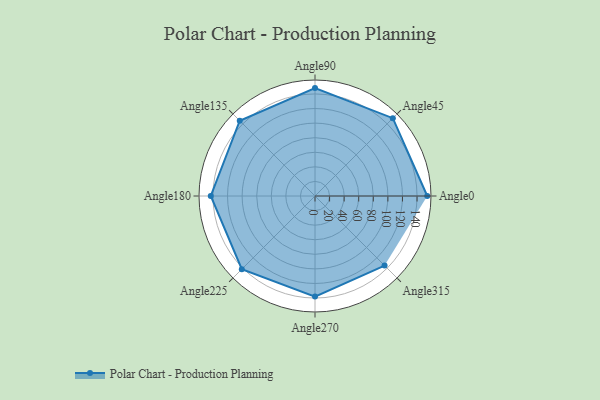
{"axis": {"x": "Angle", "y": "Radius"}, "legend": [""], "data": [{"x": "Angle0", "y": 154.0, "type": ""}, {"x": "Angle45", "y": 151.0, "type": ""}, {"x": "Angle90", "y": 148.0, "type": ""}, {"x": "Angle135", "y": 146.0, "type": ""}, {"x": "Angle180", "y": 143.0, "type": ""}, {"x": "Angle225", "y": 142.0, "type": ""}, {"x": "Angle270", "y": 138.0, "type": ""}, {"x": "Angle315", "y": 135.0, "type": ""}]}